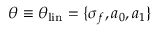
\boldsymbol \theta \equiv \boldsymbol \theta _ { \mathrm { l i n } } = \{ \sigma _ { f } , a _ { 0 } , a _ { 1 } \}